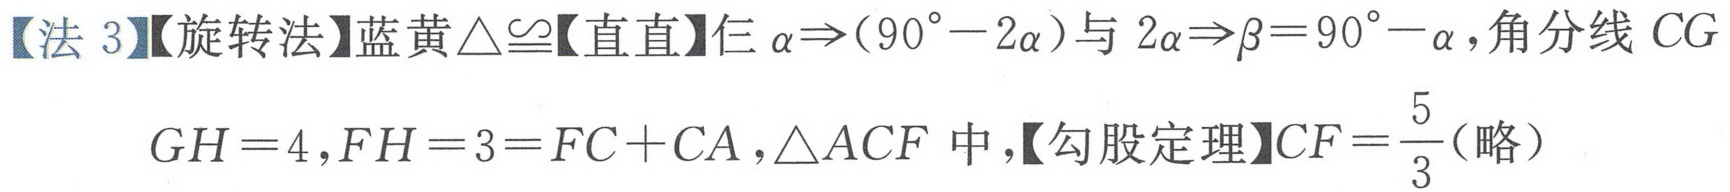
【法 3】【旋转法】蓝黄\(\triangle\cong\)【直直】仨\(\alpha\Rightarrow(90^{\circ}-2\alpha)\)与 \(2\alpha\Rightarrow\beta = 90^{\circ}-\alpha\)，角分线 \(CG\)
\(GH = 4,FH = 3=FC + CA,\triangle ACF\) 中，【勾股定理】\(CF=\dfrac{5}{3}\)（略）